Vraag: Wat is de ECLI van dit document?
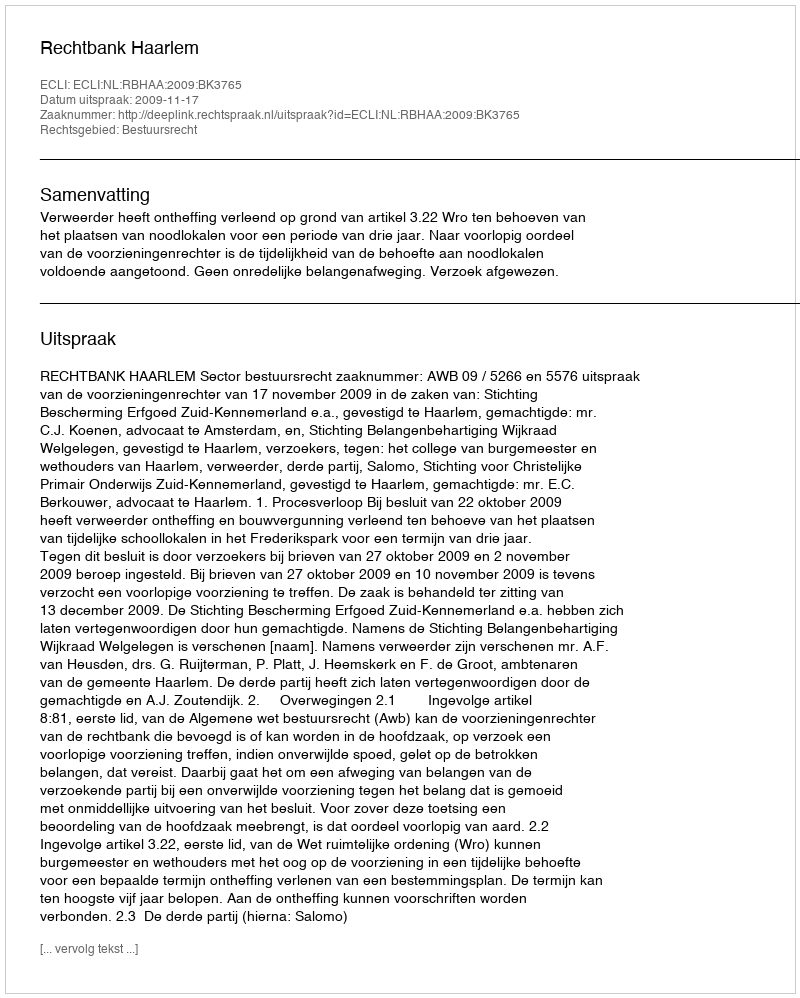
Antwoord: ECLI:NL:RBHAA:2009:BK3765